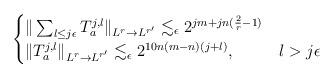
LaTeX: \begin{align*}\begin{cases}\| \sum_{l \leq j \epsilon} T_a^{j,l} \|_{L^r \to L^{r'}} \lesssim_{\epsilon} 2^{jm + jn(\frac{2}{r}-1)}\\ \|T_a^{j, l}\|_{L^r\to L^{r'}}\lesssim_{\epsilon}2^{10n(m-n)(j+l)},& l>j\epsilon\end{cases}\end{align*}